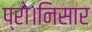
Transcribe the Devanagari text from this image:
प्रो।निसार